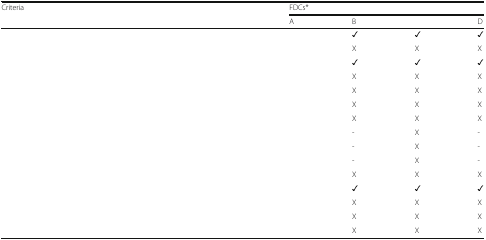
<table><thead><tr><td rowspan="2"><b>Criteria</b></td><td colspan="4"><b>FDCs*</b></td></tr><tr><td><b>A</b></td><td><b>B</b></td><td>[EMPTY_CELL]</td><td><b>D</b></td></tr></thead><tbody><tr><td>[EMPTY_CELL]</td><td>[EMPTY_CELL]</td><td>✓</td><td>✓</td><td>✓</td></tr><tr><td>[EMPTY_CELL]</td><td>[EMPTY_CELL]</td><td>X</td><td>X</td><td>X</td></tr><tr><td>[EMPTY_CELL]</td><td>[EMPTY_CELL]</td><td>✓</td><td>✓</td><td>✓</td></tr><tr><td>[EMPTY_CELL]</td><td>[EMPTY_CELL]</td><td>X</td><td>X</td><td>X</td></tr><tr><td>[EMPTY_CELL]</td><td>[EMPTY_CELL]</td><td>X</td><td>X</td><td>X</td></tr><tr><td>[EMPTY_CELL]</td><td>[EMPTY_CELL]</td><td>X</td><td>X</td><td>X</td></tr><tr><td>[EMPTY_CELL]</td><td>[EMPTY_CELL]</td><td>X</td><td>X</td><td>X</td></tr><tr><td>[EMPTY_CELL]</td><td>[EMPTY_CELL]</td><td>-</td><td>X</td><td>-</td></tr><tr><td>[EMPTY_CELL]</td><td>[EMPTY_CELL]</td><td>-</td><td>X</td><td>-</td></tr><tr><td>[EMPTY_CELL]</td><td>[EMPTY_CELL]</td><td>-</td><td>X</td><td>-</td></tr><tr><td>[EMPTY_CELL]</td><td>[EMPTY_CELL]</td><td>X</td><td>X</td><td>X</td></tr><tr><td>[EMPTY_CELL]</td><td>[EMPTY_CELL]</td><td>✓</td><td>✓</td><td>✓</td></tr><tr><td>[EMPTY_CELL]</td><td>[EMPTY_CELL]</td><td>X</td><td>X</td><td>X</td></tr><tr><td>[EMPTY_CELL]</td><td>[EMPTY_CELL]</td><td>X</td><td>X</td><td>X</td></tr><tr><td>[EMPTY_CELL]</td><td>[EMPTY_CELL]</td><td>X</td><td>X</td><td>X</td></tr></tbody></table>